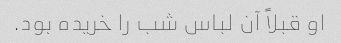
او قبلاً آن لباس شب را خریده بود.